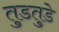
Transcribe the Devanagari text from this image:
तुडतुडे